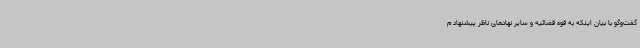
گفت‌وگو با بیان اینکه به قوه قضائیه و سایر نهادهای ناظر پیشنهاد م